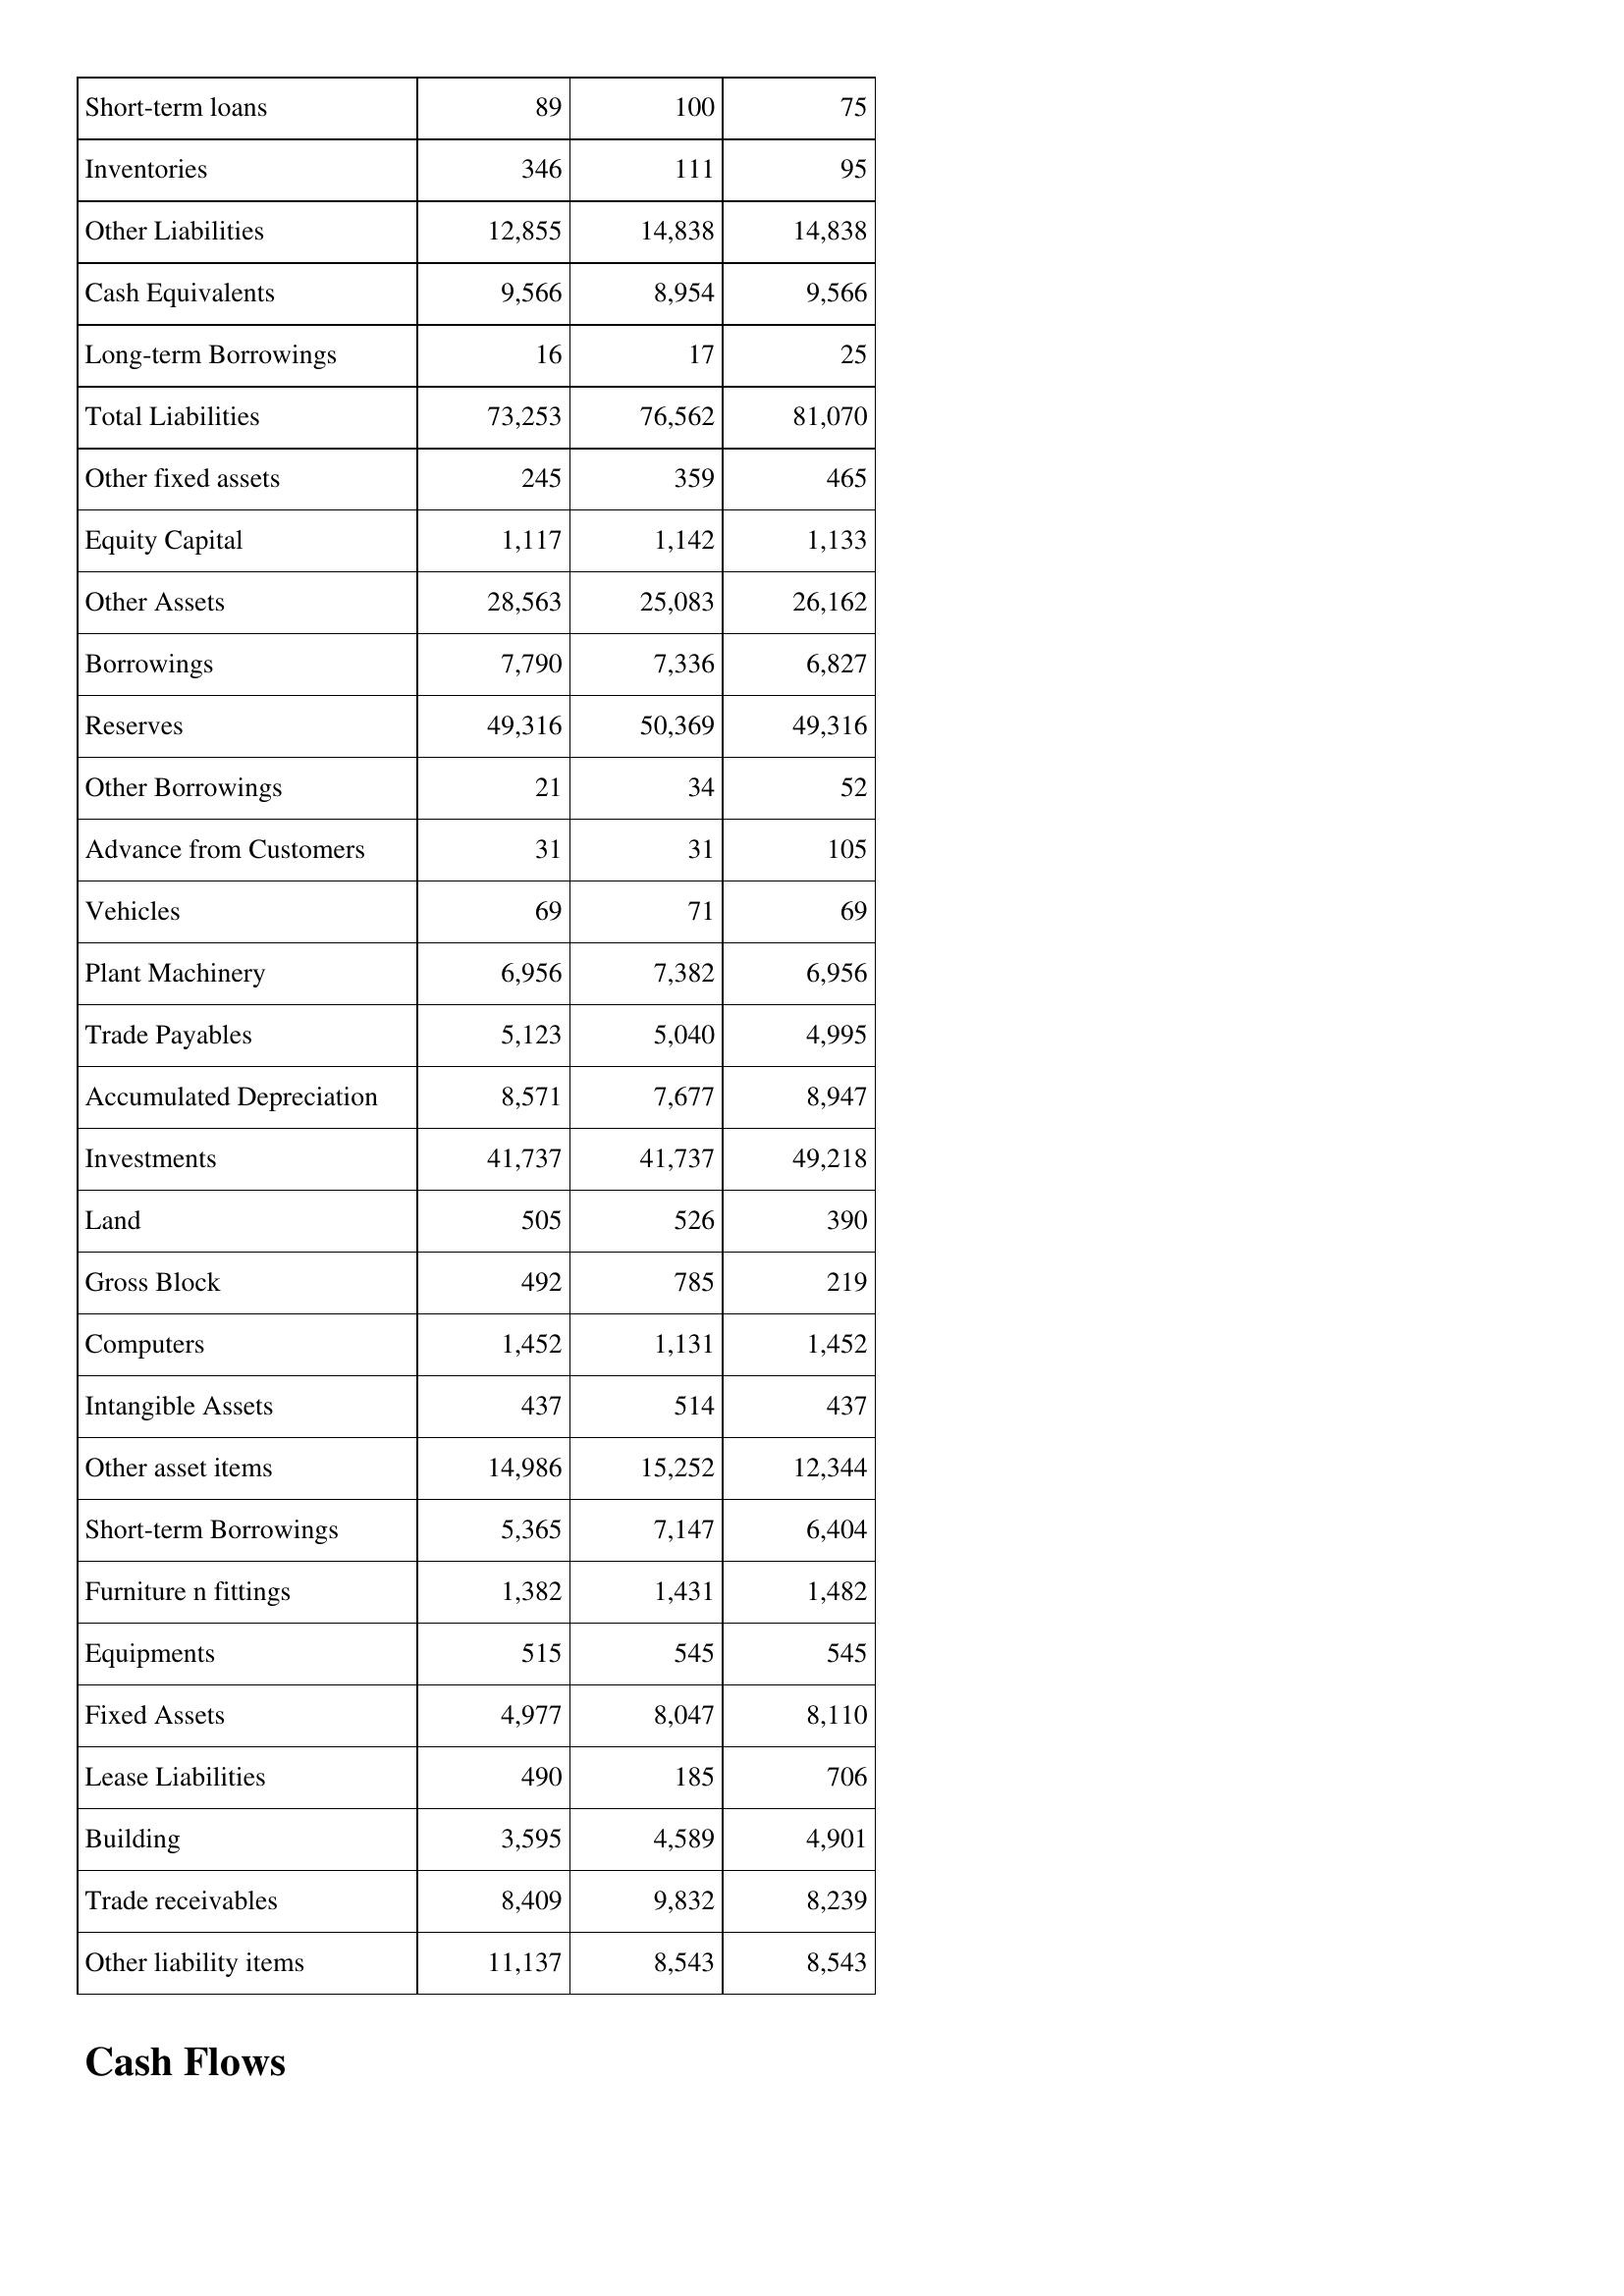
Jun-07: Balance Sheet: Short-term loans: 89
Inventories: 346
Other Liabilities: 12,855
Cash Equivalents: 9,566
Long-term Borrowings: 16
Total Liabilities: 73,253
Other fixed assets: 245
Equity Capital: 1,117
Other Assets: 28,563
Borrowings: 7,790
Reserves: 49,316
Other Borrowings: 21
Advance from Customers: 31
Vehicles: 69
Plant Machinery: 6,956
Trade Payables: 5,123
Accumulated Depreciation: 8,571
Investments: 41,737
Land: 505
Gross Block: 492
Computers: 1,452
Intangible Assets: 437
Other asset items: 14,986
Short-term Borrowings: 5,365
Furniture n fittings: 1,382
Equipments: 515
Fixed Assets: 4,977
Lease Liabilities: 490
Building: 3,595
Trade receivables: 8,409
Other liability items: 11,137
Jun-06: Balance Sheet: Short-term loans: 100
Inventories: 111
Other Liabilities: 14,838
Cash Equivalents: 8,954
Long-term Borrowings: 17
Total Liabilities: 76,562
Other fixed assets: 359
Equity Capital: 1,142
Other Assets: 25,083
Borrowings: 7,336
Reserves: 50,369
Other Borrowings: 34
Advance from Customers: 31
Vehicles: 71
Plant Machinery: 7,382
Trade Payables: 5,040
Accumulated Depreciation: 7,677
Investments: 41,737
Land: 526
Gross Block: 785
Computers: 1,131
Intangible Assets: 514
Other asset items: 15,252
Short-term Borrowings: 7,147
Furniture n fittings: 1,431
Equipments: 545
Fixed Assets: 8,047
Lease Liabilities: 185
Building: 4,589
Trade receivables: 9,832
Other liability items: 8,543
Jun-05: Balance Sheet: Short-term loans: 75
Inventories: 95
Other Liabilities: 14,838
Cash Equivalents: 9,566
Long-term Borrowings: 25
Total Liabilities: 81,070
Other fixed assets: 465
Equity Capital: 1,133
Other Assets: 26,162
Borrowings: 6,827
Reserves: 49,316
Other Borrowings: 52
Advance from Customers: 105
Vehicles: 69
Plant Machinery: 6,956
Trade Payables: 4,995
Accumulated Depreciation: 8,947
Investments: 49,218
Land: 390
Gross Block: 219
Computers: 1,452
Intangible Assets: 437
Other asset items: 12,344
Short-term Borrowings: 6,404
Furniture n fittings: 1,482
Equipments: 545
Fixed Assets: 8,110
Lease Liabilities: 706
Building: 4,901
Trade receivables: 8,239
Other liability items: 8,543